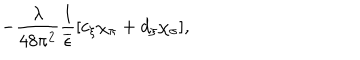
- \frac { \lambda } { 4 8 \pi ^ { 2 } } \frac { 1 } { \overline { { { \epsilon } } } } [ c _ { \xi } \chi _ { \pi } + d _ { \xi } \chi _ { \sigma } ] ,